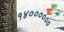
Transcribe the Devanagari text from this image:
१४००००००